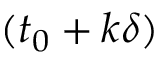
( t _ { 0 } + k \delta )